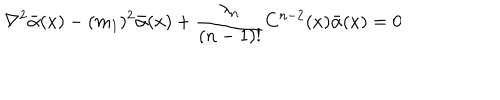
\nabla ^ { 2 } \bar { \alpha } ( x ) - ( m _ { 1 } ) ^ { 2 } \bar { \alpha } ( x ) + \frac { \lambda _ { n } } { ( n - 1 ) ! } C ^ { n - 2 } ( x ) \bar { \alpha } ( x ) = 0